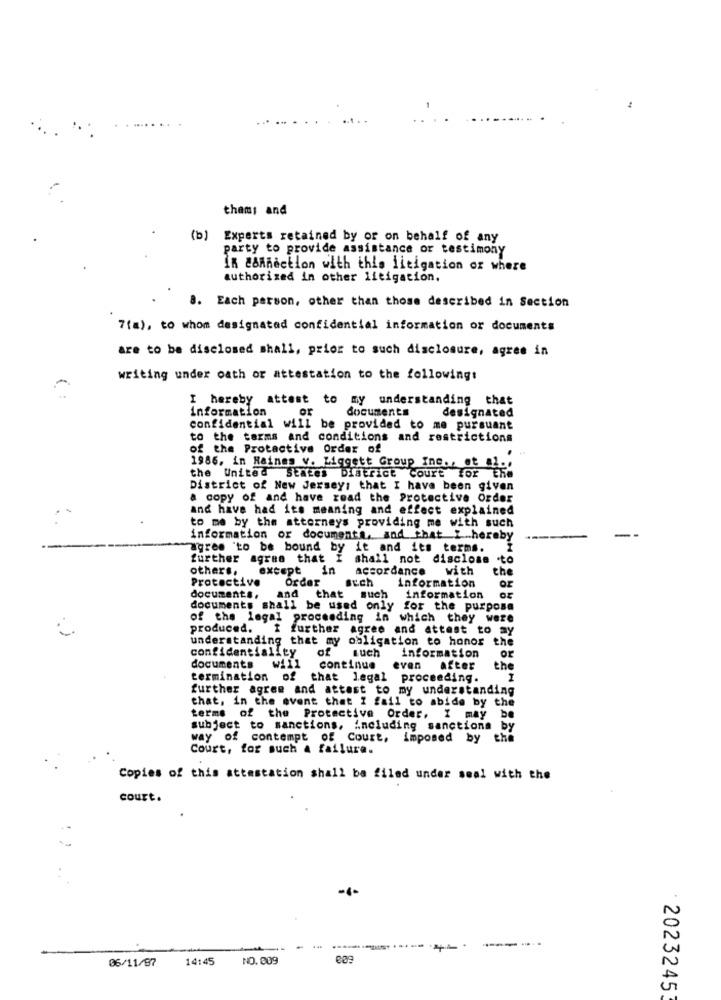
thams and
(b) Experts retained by or on behalf of any
party to provide assistance or testimony
In connection with this litigation or where
authorized in other litigation.
8. Each person, other than those described in Section
7(a), to whom designated confidential information or documents
are to be disclosed shall, prior to such disclosure, agres in
writing under oath or attestation to the following:
I hereby attest to my understanding that
information
Or
documents
designated
confidential will be provided to me pursuant
to the terms and conditions and restrictions
of the Protactive Order of
1986. in Raines v. Liqgett Group Inc ., et
the United States District Court for ERe
District of New Jerseys that I have been given
a copy of and have read the Protective Order
and have had its meaning and effect explained
to me by the attorneys providing me with such
information or documents, and that I .. hereby
agree 'to be bound by it and its terms.
further agree that I shall not disclose .to
others.
except in
accordance with
the
Protective
Order
auch
information
documents.
and that such
information
documents shall be used only for the purpose
of the legal proceeding in which they were
produced. I further agree and attest to my
understanding that my obligation to honor the
confidentiality
of much information
Or
documents
Will
continue
even after
the
termination of that legal proceeding.
further agree and attest to my understanding
that, in the event that I fail to abide by the
terms of the Protective Order, I may be
subject to sanctions, including sanctions by
way of contempt of Court, imposed by the
Court, for such a failure.
Copies of this attestation shall be filed under seal with the
court.
06/11/87
14:45
NO. 009
· 2023245